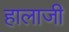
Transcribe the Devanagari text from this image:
हालाजी